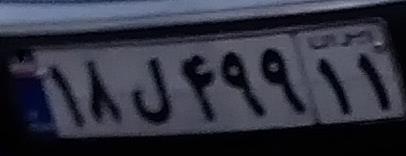
۱۸ل۴۹۹۱۱